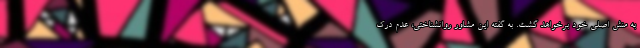
به منش اصلی خود برخواهد گشت. به گفته این مشاور روانشناختی، عدم درک